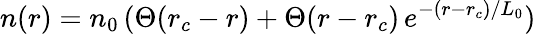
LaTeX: n(r)=n_{0}\, (\Theta(r_{c}-r)+\Theta(r-r_{c})\, e^{-(r-r_{c})/L_{0}})